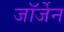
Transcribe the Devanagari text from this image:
जॉर्जेन